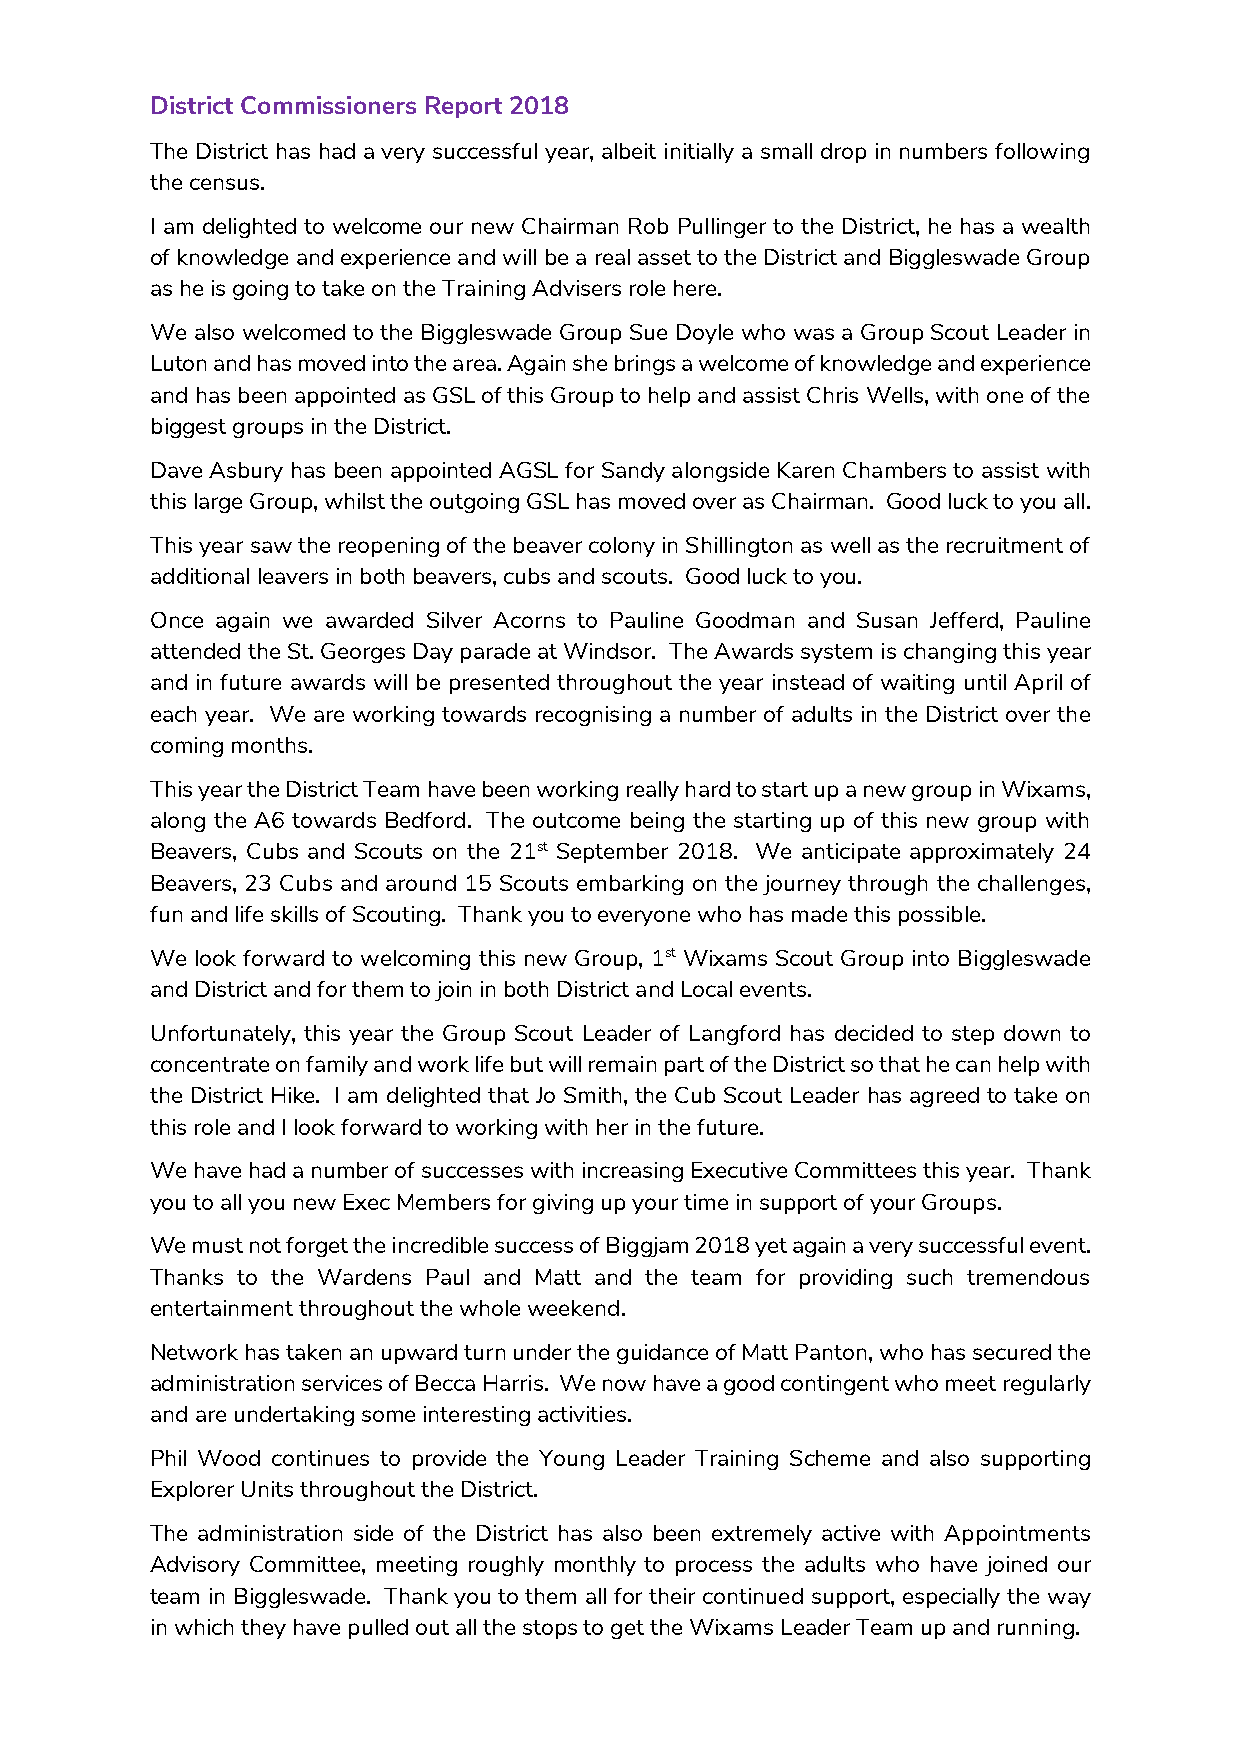
District Commissioners Report 2018
 The District has had a very successful year, albeit initially a small drop in numbers following
 the census.
 I am delighted to welcome our new Chairman Rob Pullinger to the District, he has a wealth
 of knowledge and experience and will be a real asset to the District and Biggleswade Group
 as he is going to take on the Training Advisers role here.
 We also welcomed to the Biggleswade Group Sue Doyle who was a Group Scout Leader in
 Luton and has moved into the area. Again she brings a welcome of knowledge and experience
 and has been appointed as GSL of this Group to help and assist Chris Wells, with one of the
 biggest groups in the District.
 Dave Asbury has been appointed AGSL for Sandy alongside Karen Chambers to assist with
 this large Group, whilst the outgoing GSL has moved over as Chairman. Good luck to you all.
 This year saw the reopening of the beaver colony in Shillington as well as the recruitment of
 additional leavers in both beavers, cubs and scouts. Good luck to you.
 Once again we awarded Silver Acorns to Pauline Goodman and Susan Jefferd, Pauline
 attended the St. Georges Day parade at Windsor. The Awards system is changing this year
 and in future awards will be presented throughout the year instead of waiting until April of
 each year. We are working towards recognising a number of adults in the District over the
 coming months.
 This year the District Team have been working really hard to start up a new group in Wixams,
 along the A6 towards Bedford. The outcome being the starting up of this new group with
 Beavers, Cubs and Scouts on the 21st September 2018. We anticipate approximately 24
 Beavers, 23 Cubs and around 15 Scouts embarking on the journey through the challenges,
 fun and life skills of Scouting. Thank you to everyone who has made this possible.
 We look forward to welcoming this new Group, 1st Wixams Scout Group into Biggleswade
 and District and for them to join in both District and Local events.
 Unfortunately, this year the Group Scout Leader of Langford has decided to step down to
 concentrate on family and work life but will remain part of the District so that he can help with
 the District Hike. I am delighted that Jo Smith, the Cub Scout Leader has agreed to take on
 this role and I look forward to working with her in the future.
 We have had a number of successes with increasing Executive Committees this year. Thank
 you to all you new Exec Members for giving up your time in support of your Groups.
 We must not forget the incredible success of Biggjam 2018 yet again a very successful event.
 Thanks to the Wardens Paul and Matt and the team for providing such tremendous
 entertainment throughout the whole weekend.
 Network has taken an upward turn under the guidance of Matt Panton, who has secured the
 administration services of Becca Harris. We now have a good contingent who meet regularly
 and are undertaking some interesting activities.
 Phil Wood continues to provide the Young Leader Training Scheme and also supporting
 Explorer Units throughout the District.
 The administration side of the District has also been extremely active with Appointments
 Advisory Committee, meeting roughly monthly to process the adults who have joined our
 team in Biggleswade. Thank you to them all for their continued support, especially the way
 in which they have pulled out all the stops to get the Wixams Leader Team up and running.